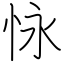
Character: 怺